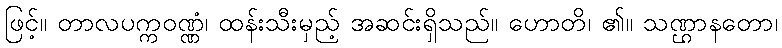
ဖြင့်။ တာလပက္ကဝဏ္ဏံ၊ ထန်းသီးမှည့် အဆင်းရှိသည်။ ဟောတိ၊ ၏။ သဏ္ဌာနတော၊